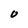
Character: O